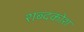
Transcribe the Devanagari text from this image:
शब्‍दकोश